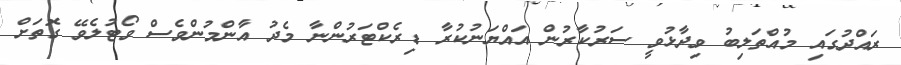
ރައްދުގައި މުއްތަލިބު ވިދާޅުވީ ސަރުކާރުން އައްޔަނުކުރާ ޑިރެކްޓަރުންނާ މެދު އާންމުންވެސް ވޯޓުލެވޭ ގޮތަށް